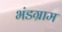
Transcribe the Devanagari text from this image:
भंडग्राम